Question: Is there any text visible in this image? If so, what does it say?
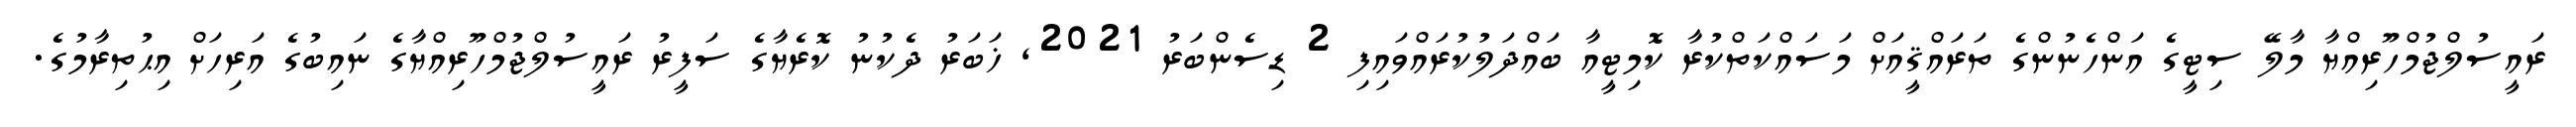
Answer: ރައީސުލްޖުމްހޫރިއްޔާ މާލޭ ސިޓީގެ އަންހެނުންގެ ތަރައްޤީއަށް މަސައްކަތްކުރާ ކޮމިޓީއާ ބައްދަލުކުރައްވައިފި 2 ޑިސެންބަރު 2021, ޚަބަރު ދެކުނު ކޮރެޔާގެ ސަފީރު ރައީސުލްޖުމްހޫރިއްޔާގެ ނައިބުގެ އަރިހަށް އިޙުތިރާމުގެ.